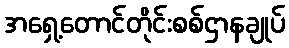
အရှေ့တောင်တိုင်းစစ်ဌာနချုပ်